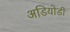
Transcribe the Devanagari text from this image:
अडियोडी